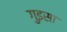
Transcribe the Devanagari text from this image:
गुइसा